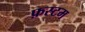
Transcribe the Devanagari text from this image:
फ़स्टम